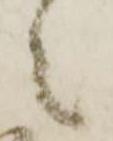
之